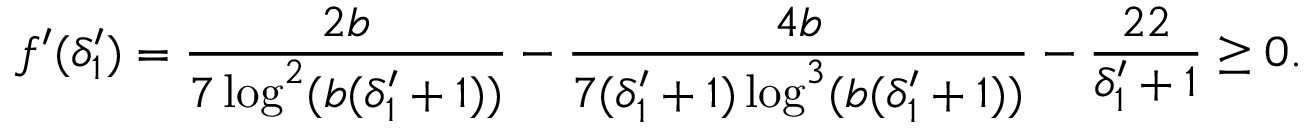
f ^ { \prime } ( \delta _ { 1 } ^ { \prime } ) = \frac { 2 b } { 7 \log ^ { 2 } ( b ( \delta _ { 1 } ^ { \prime } + 1 ) ) } - \frac { 4 b } { 7 ( \delta _ { 1 } ^ { \prime } + 1 ) \log ^ { 3 } ( b ( \delta _ { 1 } ^ { \prime } + 1 ) ) } - \frac { 2 2 } { \delta _ { 1 } ^ { \prime } + 1 } \geq 0 .